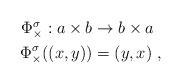
LaTeX: \begin{align*}\begin{aligned}\Phi_\times^\sigma:a\times b&\rightarrow b\times a\\\Phi_\times^\sigma((x,y))&= (y,x)\;,\end{aligned}\end{align*}